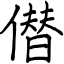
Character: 僣